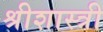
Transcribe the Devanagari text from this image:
श्रीशास्त्री